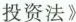
投资法》